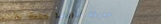
حديقة الألعاب: متعة للأطف